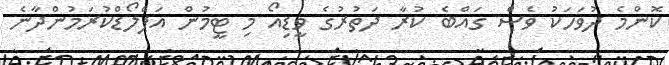
ކޮންމެ ދުވަހަކު ވެސް ގައްބެ ކުރާ ދަތުރުގެ ވީޑިއޯ މި ޓީމުން އަޕްލޯޑްކުރަމުންދާނެ